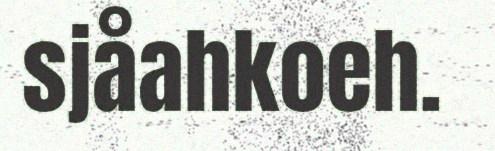
sjåahkoeh.